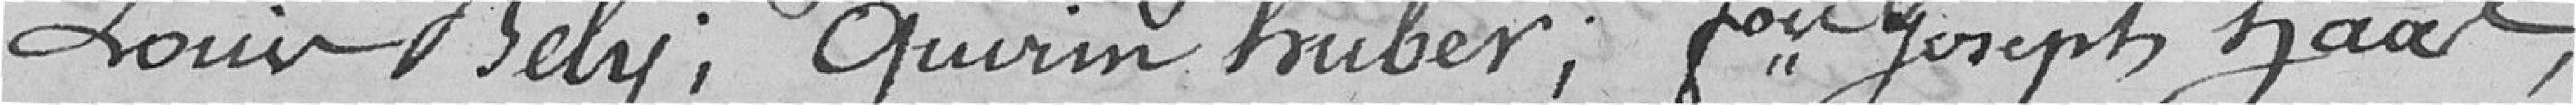
Louis Bely ; Quivin Huber ; François Joseph Haal ;